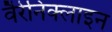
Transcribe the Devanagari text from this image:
वैरेनिक्लाइन